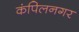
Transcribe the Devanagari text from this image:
कंपिलनगर